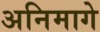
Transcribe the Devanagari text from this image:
अनिमागे